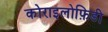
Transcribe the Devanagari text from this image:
कोराइलोफ़िडी